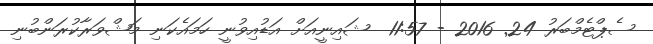
ސެޕްޓެމްބަރު 24